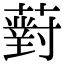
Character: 薱